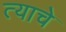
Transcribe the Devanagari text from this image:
त्याचेे